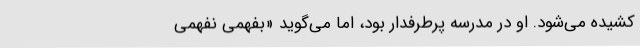
کشیده می‌شود. او در مدرسه پرطرفدار بود، اما می‌گوید «بفهمی نفهمی